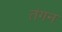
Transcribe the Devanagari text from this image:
तंगन